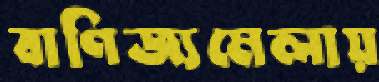
বাণিজ্যমেলায়